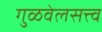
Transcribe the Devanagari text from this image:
गुळवेलसत्त्व